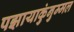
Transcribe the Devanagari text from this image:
पझायाकुंनुम्मल